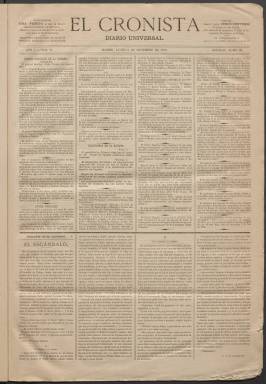
Título: El Cronista (Madrid. 1875)
Colección: Periódicos
Ámbito geográfico: Madrid
Lugar de publicación: Madrid
Fechas: 06/09/1875-05/03/1876